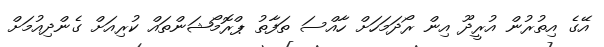
އޭގެ އިތުރުން އުރީދޫ އިން ރޯދަމަހަށް ހާއްސަ ތަފާތު ޕްރޮމޯޝަންތައް ކުރިއަށް ގެންދިއުމަށް